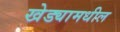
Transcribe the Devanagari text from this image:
खेड्यामधील